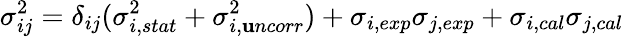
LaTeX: \sigma_{ij}^{2}=\delta_{ij}(\sigma_{i,stat}^{2}+\sigma_{i,\mathbf{u}ncorr}^{2})+\sigma_{i,exp}\sigma_{j,exp}+\sigma_{i,cal}\sigma_{j,cal}